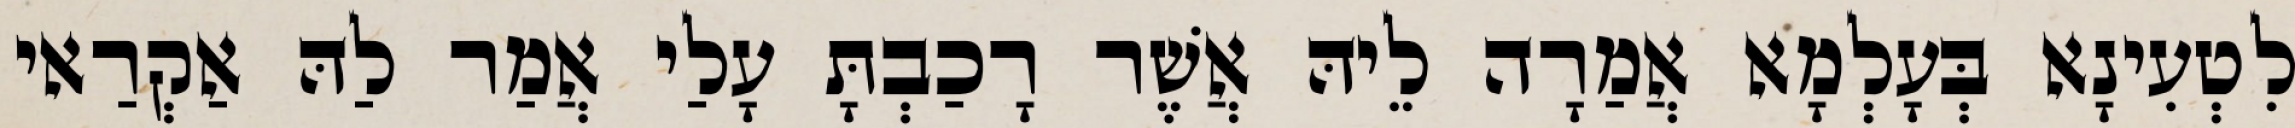
לִטְעִינָא בְּעָלְמָא אֲמַרָה לֵיהּ אֲשֶׁר רָכַבְתָּ עָלַי אֲמַר לַהּ אַקְרַאי